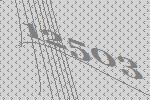
12503